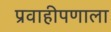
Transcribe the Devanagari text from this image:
प्रवाहीपणाला